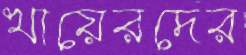
খায়েরদের